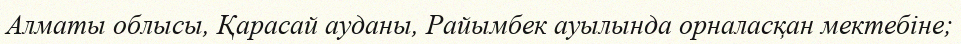
Алматы облысы, Қарасай ауданы, Райымбек ауылында орналасқан мектебіне;